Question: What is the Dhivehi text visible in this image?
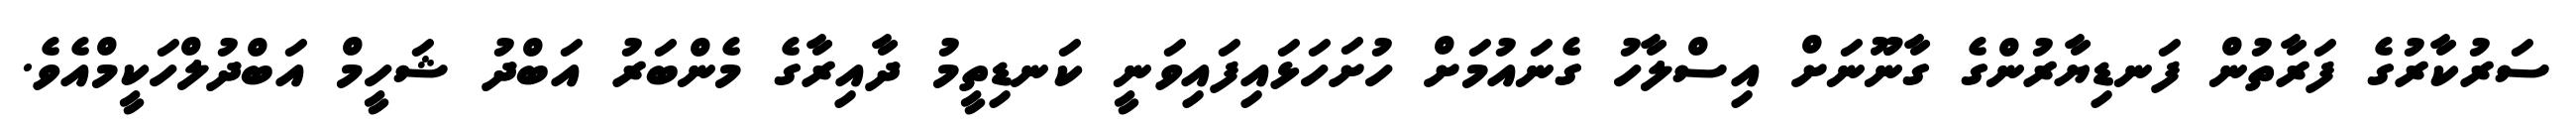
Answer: ސަރުކާރުގެ ފަރާތުން ފަނޑިޔާރުންގެ ގާނޫނަށް އިސްލާހު ގެނައުމަށް ހުށަހަޅައިފައިވަނީ ކަނޑިތީމު ދާއިރާގެ މެންބަރު އަބްދު ޝަހީމް އަބްދުލްހަކީމްއެވެ.